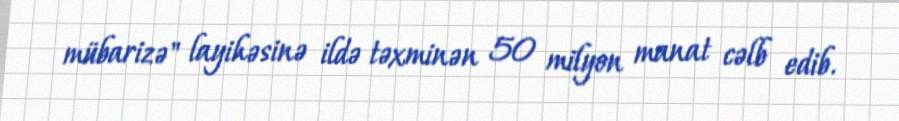
mübarizə" layihəsinə ildə təxminən 50 milyon manat cəlb edib.